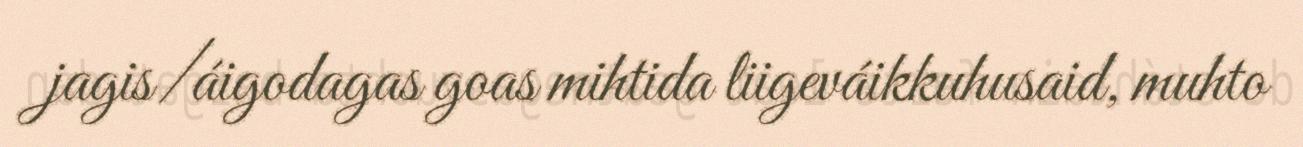
jagis/áigodagas goas mihtida liigeváikkuhusaid, muhto